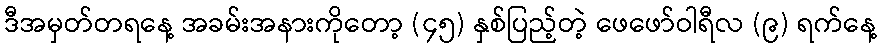
ဒီအမှတ်တရနေ့ အခမ်းအနားကိုတော့ (၄၅) နှစ်ပြည့်တဲ့ ဖေဖော်ဝါရီလ (၉) ရက်နေ့